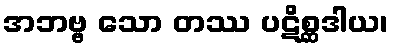
အဘဗ္ဗ သော တဿ ပဋိစ္ဆဒါယ၊